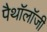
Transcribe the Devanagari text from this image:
पैथॉलॉजी